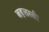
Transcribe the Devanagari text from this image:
बहत्तरवीं